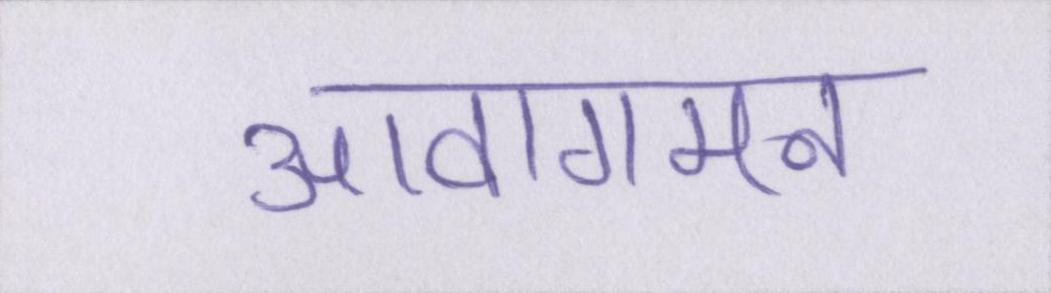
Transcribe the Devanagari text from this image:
आवागमन